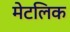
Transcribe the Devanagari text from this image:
मेटलिक